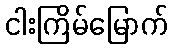
ငါးကြိမ်မြောက်